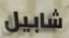
شابيل